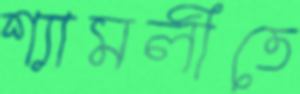
শ্যামলীতে